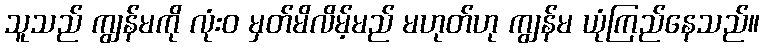
သူသည် ကျွန်မကို လုံးဝ မှတ်မိလိမ့်မည် မဟုတ်ဟု ကျွန်မ ယုံကြည်နေသည်။